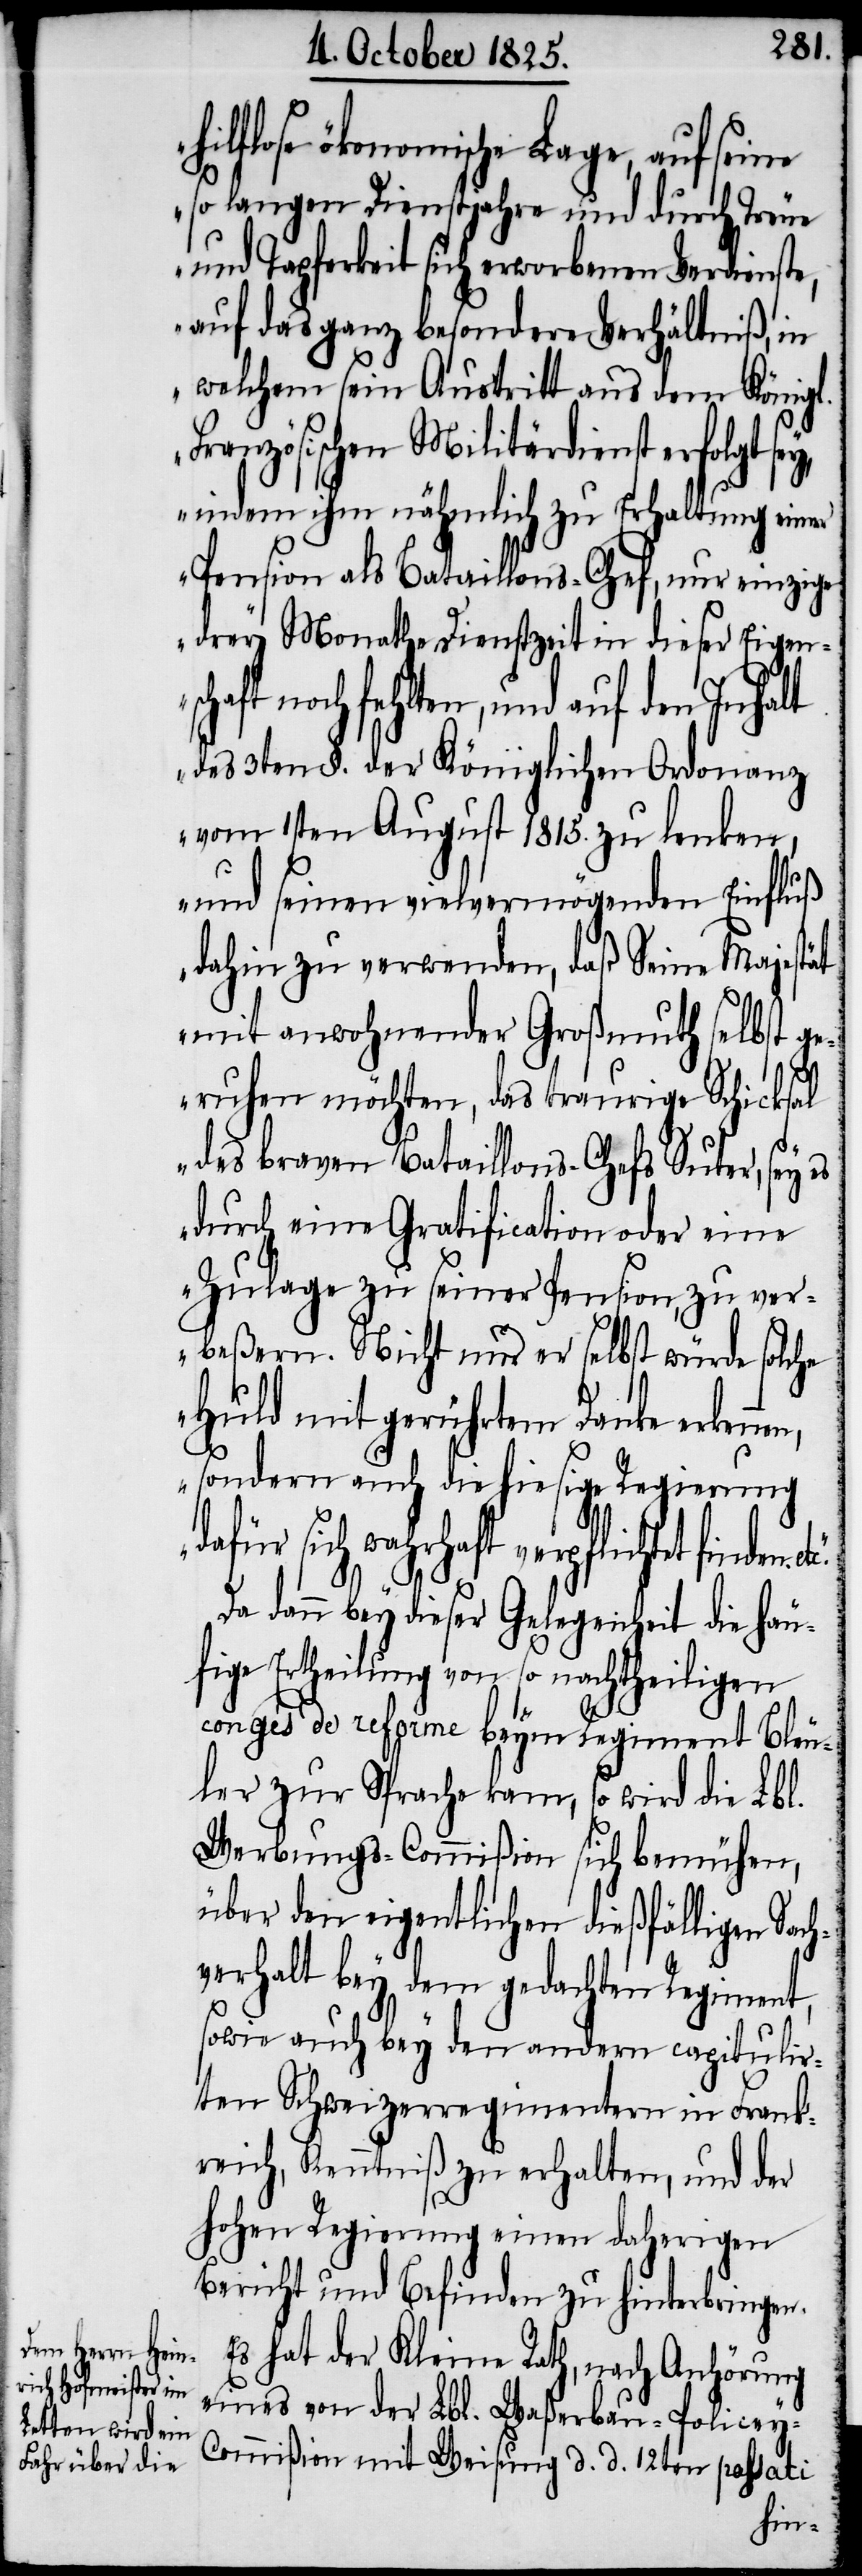
schaft no¬

hilflose ökonomische Lage, auf seine
so langen Dienstjahre und durch Treue
und Tapferkeit sich erworbenen Verdienste,
auf das ganz besondere Verhältniß, in
welchem sein Austritt aus dem Königl.
Französischen Militärdienst erfolgt se¬
indem ihm nähmlich zu Erhaltung einer
Pension als Bataillons-Chef, nur einzige
drey Monathe Dienstzeit in dieser Eigen¬
ch fehlten, und auf den Inhalt
des 3ten §. der Königlichen Ordonanz
vom 1sten August 1815. zu lenken,
und seinen vielvermögenden Einfluß
dahin zu verwenden, daß Seine Majestät
mit anwohnender Großmuth selbst ge¬
nen,
rufen möchten, das traurige Schicksal
des braven Bataillons-Chefs Suter, sey
durch eine Gratification oder eine
Zulage zu seiner Pension, zu ver¬
beßern. Nicht nur er selbst würde solche
Huld mit gerührtem Danke erken¬
sondern auch die hiesige Regierung
dafür sich wahrhaft verpflichtet fin¬
den.
Da dann bey dieser Gelegenheit die häu¬
fige Ertheilung von so nachtheiligen
conges de reforme beym Regiment Bleu¬
ler zur Sprache kam, so wird die Lbl.
Werbungs-Commißion sich bemühen,
über den eigentlichen dießfälligen Sach¬
verhalt bey dem gedachten Regiment,
sowie auch bey den andern capitulir¬
ten Schweizerregimentern in Frank¬
reich, Kenntniß zu erhalten, und der
hohen Regierung einen daherigen
Bericht und Befinden zu hinterbringen.
Es hat der Kleine Rath, nach Anhörung
eines von der Lbl. Waßerbau-Policey-C¬
ommißion mit Weisung d. d. 12ten passati